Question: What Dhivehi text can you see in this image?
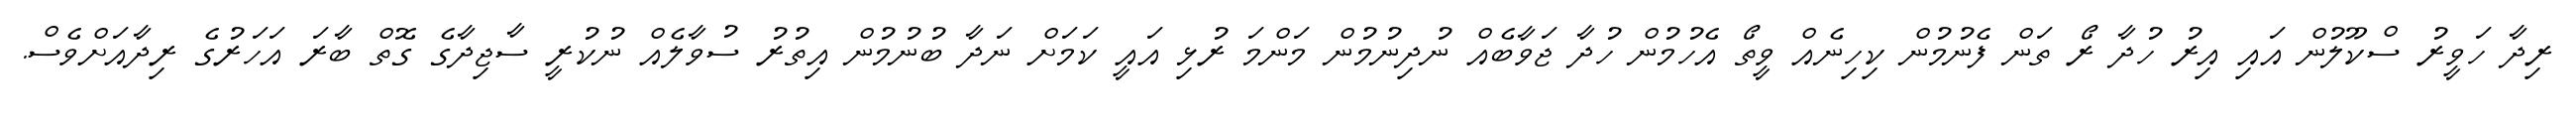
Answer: ރިދާ ހަވީރު ސްކޫލުން އައި އިރު ހުދާ ރޯ ތަން ފެނުމުން ކިހިނެއް ވީތޯ އެހުމުން ހުދާ ޖަވާބެއް ނުދިނުމުން މަންމަ ރުޅި އައީ ކަމަށް ނަދާ ބުނުމުން އިތުރު ސުވާލެއް ނުކުރީ ސާޖިދާގެ ގޮތް ބާރަ އަހަރުގެ ރިދާއަށްވެސް.